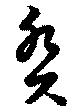
癸